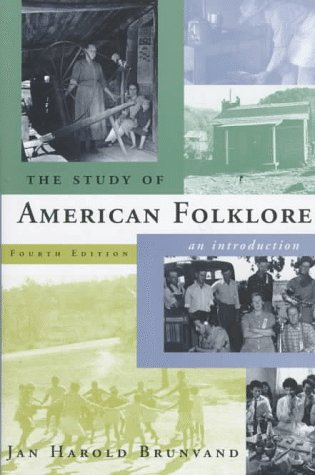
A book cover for The Study of American Folklore: An Introduction (4th Edition); Jan Harold Brunvand; Literature & Fiction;